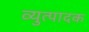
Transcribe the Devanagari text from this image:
व्युत्पादक